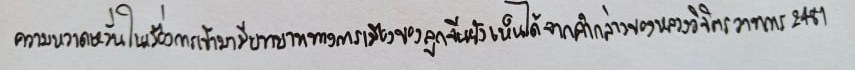
ความหวาดหวั่นในเรื่องการเข้ามามีบทบาททางการเมืองของลูกจีนยังเห็นได้จากคำกล่าวของหลวงวิจิตรวาทการ2481